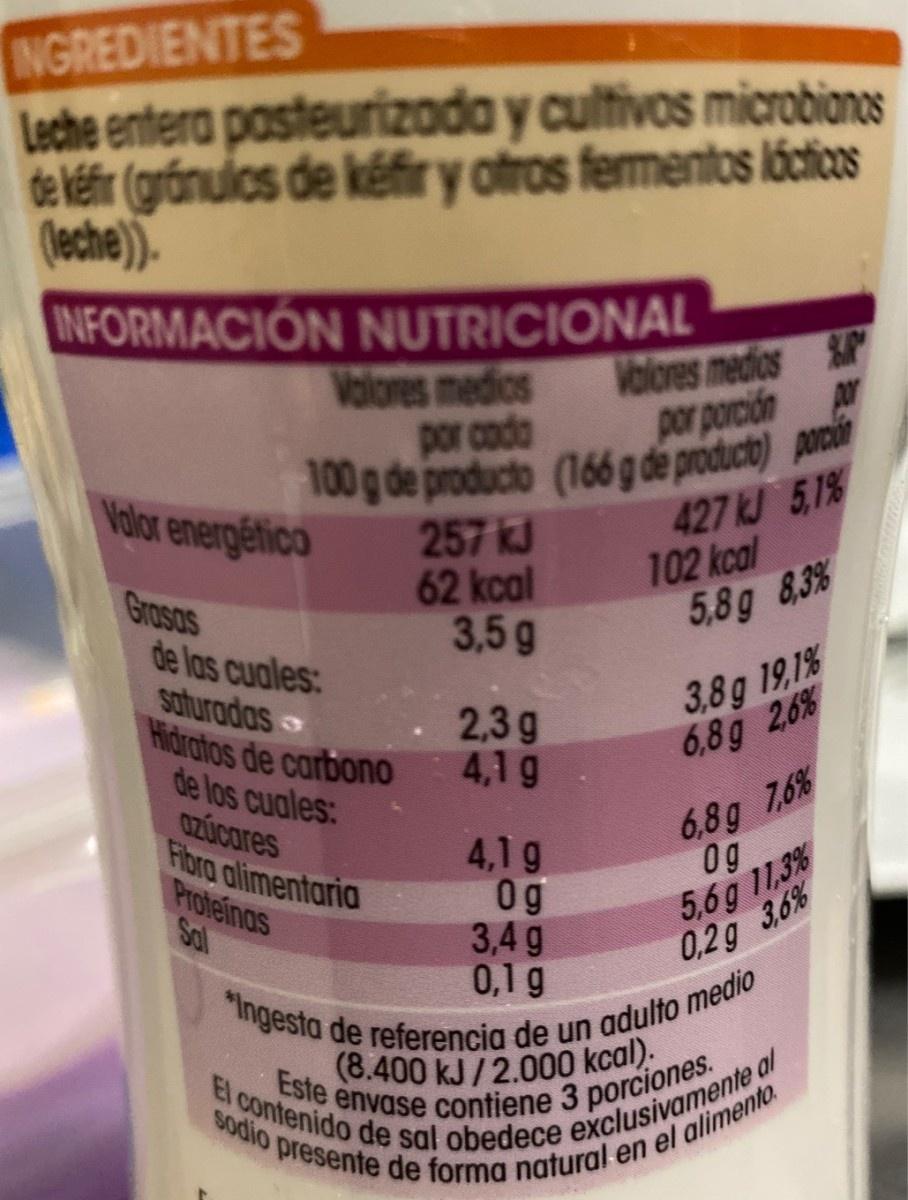
INGREDIENTES
Leche entera posteurizoda y cultivos microbiaones de kéfir (grónulcs de kéfir y otros fermentos láciers
(eche).
INFORMACIÓN NUTRICIONAL
Volores medios por codo
Volores medios & por porcidn por
100g de producto (166 g de producto) po
427 kJ 5,1% 102 kcal
Volor energético
257 kJ 62kcal 3,5g
Grasas
5,8g 8,3%
de las cuales: saturadas Hidratos de carbono de los cuales: aZúcares Fibra alimentaria Proteinas Sal
2,3 g 4,1 g
3,8g 19,1% 6,8g 2.6%
6,8g 7,6%
4,1 g 0g 3,4 g
0g 5,6g 11,3% 0,2g 3,6%
"Ingesta de referencia de un adulto medio (8.400 kJ/2.000 kcal). Este envase contiene 3 porciones.
El contenido de sal obedece exclusivamente al
sodio presente de forma natural en el alimento.